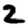
Digit: 2